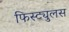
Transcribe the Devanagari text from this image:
फिस्ट्युलस